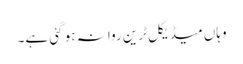
وہاں میڈیکل ٹرین روانہ ہو گئی ہے۔